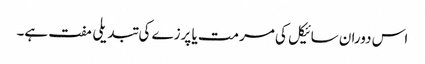
اس دوران سائیکل کی مرمت یا پرزے کی تبدیلی مفت ہے۔